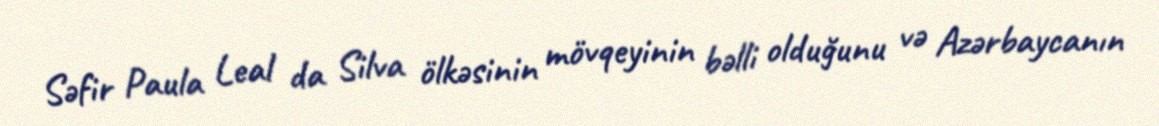
Səfir Paula Leal da Silva ölkəsinin mövqeyinin bəlli olduğunu və Azərbaycanın